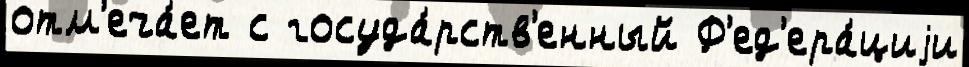
отм'еча́ет с госуда́рств'енный Ф'ед'ера́циjи